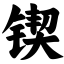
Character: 锲